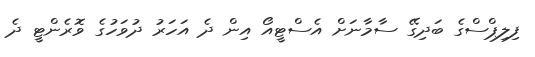
ފިލިޕްސްގެ ބަދިގޭ ސާމާނަށް އެސްޓީއޯ އިން ދެ އަހަރު ދުވަހުގެ ވޮރެންޓީ ދެ